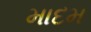
માદમ